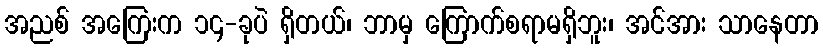
အညစ် အကြေးက ၁၄-ခုပဲ ရှိတယ်၊ ဘာမှ ကြောက်စရာမရှိဘူး၊ အင်အား သာနေတာ